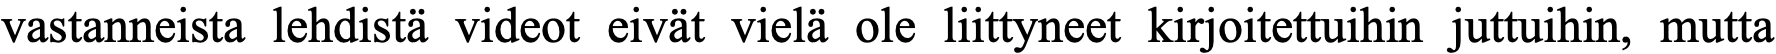
vastanneista lehdistä videot eivät vielä ole liittyneet kirjoitettuihin juttuihin, mutta